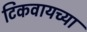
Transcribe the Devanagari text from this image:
टिकवायच्या